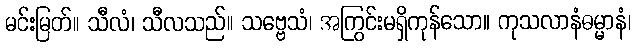
မင်းမြတ်။ သီလံ၊ သီလသည်။ သဗ္ဗေသံ၊ အကြွင်းမရှိကုန်သော။ ကုသလာနံဓမ္မာနံ၊